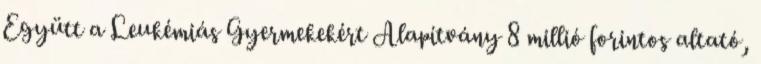
Együtt a Leukémiás Gyermekekért Alapítvány 8 millió forintos altató,